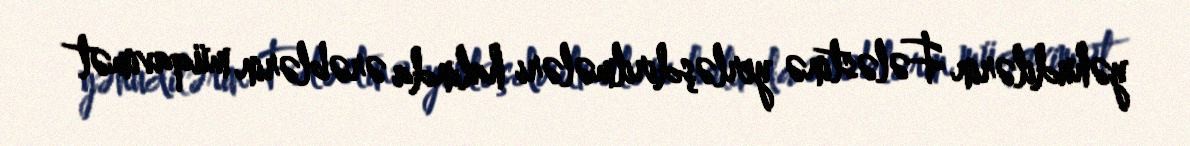
yəhudilərin Fələstinə yerləşdirilmələri halında ərəblərin müqavimət